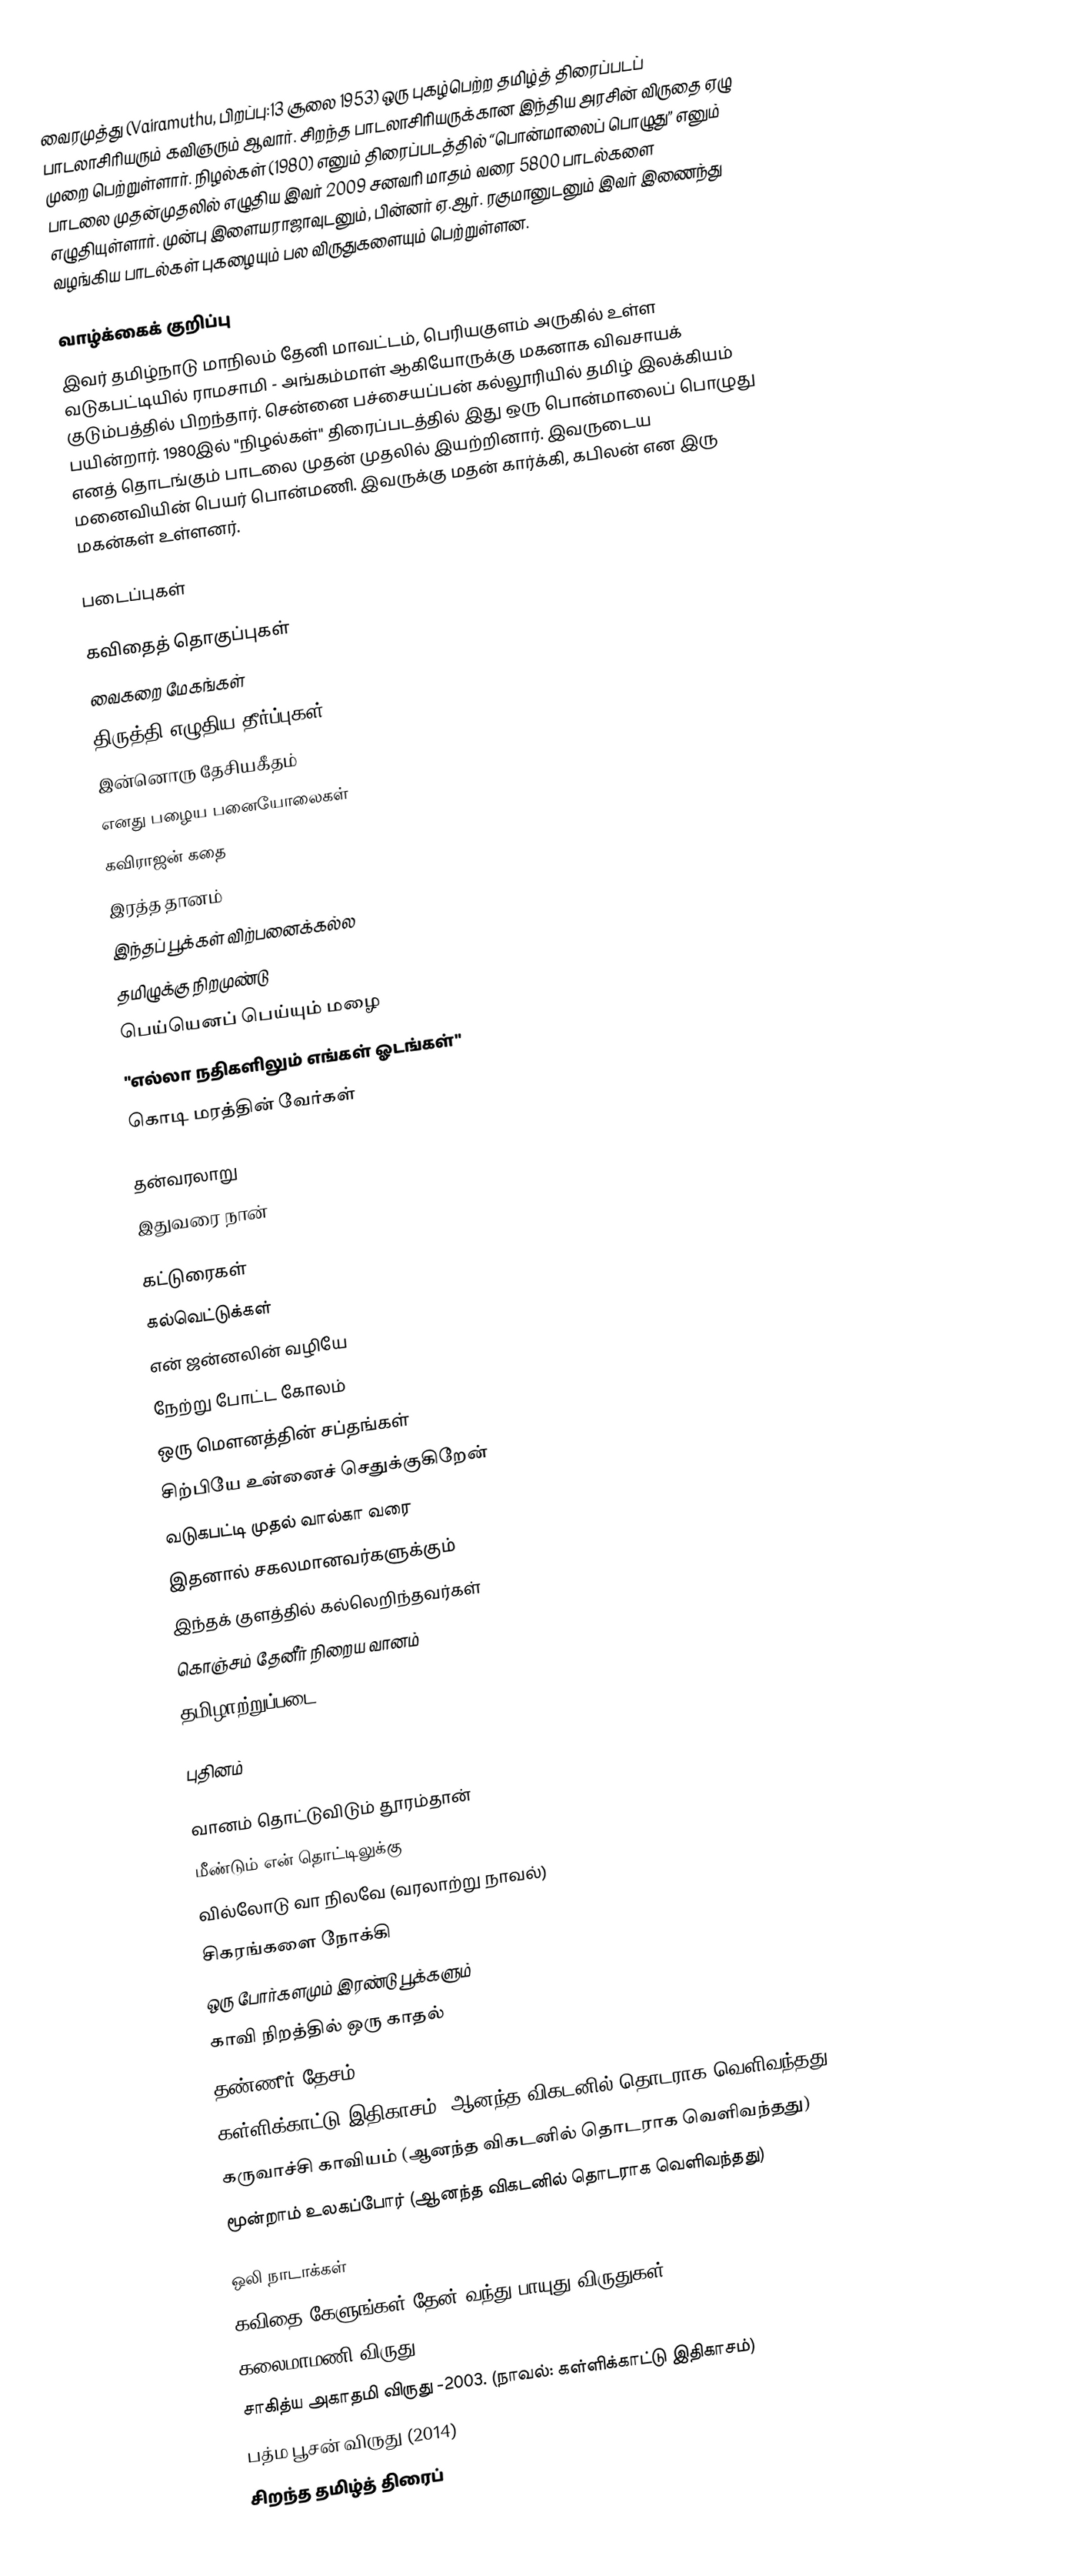
வைரமுத்து (Vairamuthu, பிறப்பு:13 சூலை  1953) ஒரு புகழ்பெற்ற தமிழ்த் திரைப்படப் பாடலாசிரியரும் கவிஞரும் ஆவார். சிறந்த பாடலாசிரியருக்கான இந்திய அரசின் விருதை ஏழு முறை பெற்றுள்ளார். நிழல்கள் (1980) எனும்  திரைப்படத்தில் “பொன்மாலைப் பொழுது” எனும் பாடலை முதன்முதலில் எழுதிய இவர் 2009 சனவரி மாதம் வரை 5800 பாடல்களை எழுதியுள்ளார். முன்பு இளையராஜாவுடனும், பின்னர் ஏ.ஆர். ரகுமானுடனும் இவர் இணைந்து வழங்கிய பாடல்கள் புகழையும் பல விருதுகளையும் பெற்றுள்ளன.

வாழ்க்கைக் குறிப்பு
இவர் தமிழ்நாடு மாநிலம் தேனி மாவட்டம், பெரியகுளம் அருகில் உள்ள வடுகபட்டியில் ராமசாமி - அங்கம்மாள் ஆகியோருக்கு மகனாக விவசாயக் குடும்பத்தில் பிறந்தார். சென்னை பச்சையப்பன் கல்லூரியில் தமிழ் இலக்கியம் பயின்றார். 1980இல் "நிழல்கள்" திரைப்படத்தில் இது ஒரு பொன்மாலைப் பொழுது எனத் தொடங்கும் பாடலை முதன் முதலில் இயற்றினார். இவருடைய மனைவியின் பெயர் பொன்மணி. இவருக்கு மதன் கார்க்கி, கபிலன் என இரு மகன்கள் உள்ளனர்.

படைப்புகள்

கவிதைத் தொகுப்புகள்
 வைகறை மேகங்கள்
 திருத்தி எழுதிய தீர்ப்புகள்
 இன்னொரு தேசியகீதம்
 எனது பழைய பனையோலைகள்
 கவிராஜன் கதை
 இரத்த தானம்
 இந்தப் பூக்கள் விற்பனைக்கல்ல
 தமிழுக்கு நிறமுண்டு
 பெய்யெனப் பெய்யும் மழை
"எல்லா நதிகளிலும் எங்கள் ஓடங்கள்"
கொடி மரத்தின் வேர்கள்

தன்வரலாறு
 இதுவரை நான்

கட்டுரைகள்
 கல்வெட்டுக்கள்
 என் ஜன்னலின் வழியே
 நேற்று போட்ட கோலம்
 ஒரு மெளனத்தின் சப்தங்கள்
 சிற்பியே உன்னைச் செதுக்குகிறேன்
 வடுகபட்டி முதல் வால்கா வரை
 இதனால் சகலமானவர்களுக்கும்
 இந்தக் குளத்தில் கல்லெறிந்தவர்கள்
 கொஞ்சம் தேனீர் நிறைய வானம்
தமிழாற்றுப்படை

புதினம்

 வானம் தொட்டுவிடும் தூரம்தான்
 மீண்டும் என் தொட்டிலுக்கு
 வில்லோடு வா நிலவே (வரலாற்று நாவல்)
 சிகரங்களை நோக்கி
 ஒரு போர்களமும் இரண்டு பூக்களும்
 காவி நிறத்தில் ஒரு காதல்
 தண்ணீர் தேசம்
 கள்ளிக்காட்டு இதிகாசம் (ஆனந்த விகடனில் தொடராக வெளிவந்தது)
 கருவாச்சி காவியம் (ஆனந்த விகடனில் தொடராக வெளிவந்தது)
 மூன்றாம் உலகப்போர் (ஆனந்த விகடனில் தொடராக வெளிவந்தது)

 ஒலி நாடாக்கள்
 கவிதை கேளுங்கள் தேன் வந்து பாயுது விருதுகள்
 கலைமாமணி விருது - 1990.
 சாகித்ய அகாதமி விருது -2003. (நாவல்: கள்ளிக்காட்டு இதிகாசம்)
 பத்ம பூசன் விருது (2014)
 சிறந்த தமிழ்த் திரைப்